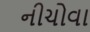
નીચોવા